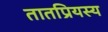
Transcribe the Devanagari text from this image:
तातप्रियस्य